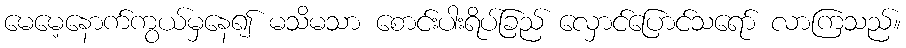
မေမေ့နောက်ကွယ်မှနေ၍ မသိမသာ စောင်းပါးရိပ်ခြည် လှောင်ပြောင်သရော် လာကြသည်။